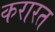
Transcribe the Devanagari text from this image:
करारत